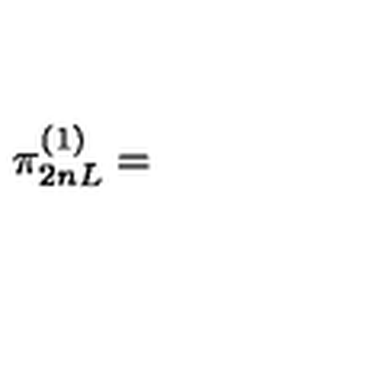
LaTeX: \pi _ { 2 n L } ^ { ( 1 ) } =